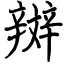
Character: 辬